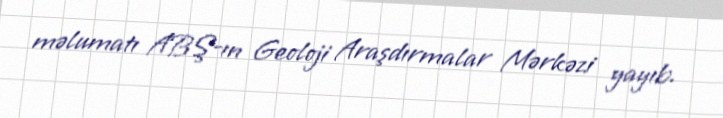
məlumatı ABŞ-ın Geoloji Araşdırmalar Mərkəzi yayıb.